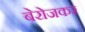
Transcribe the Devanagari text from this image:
बेरोजकर